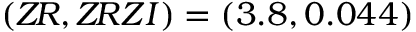
( Z \! R , Z \! R Z I ) = ( 3 . 8 , 0 . 0 4 4 )